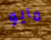
مايو